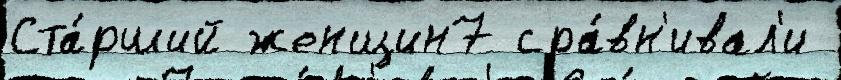
Ста́рший женщин7 сра́вн'ивал'и